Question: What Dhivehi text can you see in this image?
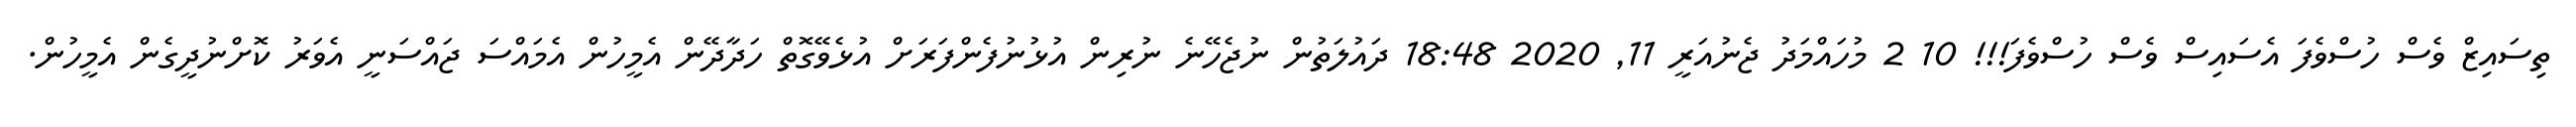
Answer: ތިސައިޒް ވެސް ހުސްވެފަ އެސައިސް ވެސް ހުސްވެފަ!!! 10 2 މުހައްމަދު ޖެނުއަރީ 11, 2020 18:48 ދައުލަތުން ނުޖެހޭނެ ނުރިން އުޅުނުފެންފަރަށް އުޅެވޭގޮތް ހަދާދޭން އެމީހުން އެމައްސަ ޖައްސަނީ އެވަރު ކޮށްނުދީގެން އެމީހުން.